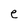
Character: e